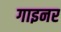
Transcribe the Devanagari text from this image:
गाइनर